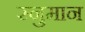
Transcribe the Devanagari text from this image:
स्नुमान